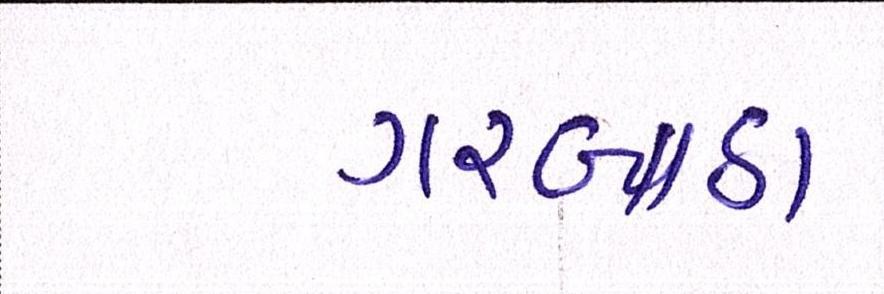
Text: ગરબાડા